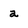
Character: a